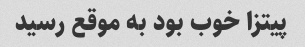
پیتزا خوب بود به موقع رسید